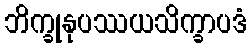
ဘိက္ခုနုပဿယသိက္ခာပဒံ